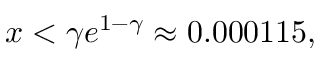
x < \gamma e ^ { 1 - \gamma } \approx 0 . 0 0 0 1 1 5 ,